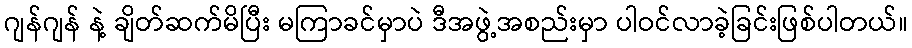
ဂျန်ဂျန် နဲ့ ချိတ်ဆက်မိပြီး မကြာခင်မှာပဲ ဒီအဖွဲ့အစည်းမှာ ပါဝင်လာခဲ့ခြင်းဖြစ်ပါတယ်။